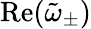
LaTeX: \operatorname{Re}(\tilde{\omega}_{\pm})